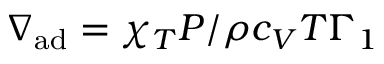
\nabla _ { \mathrm { a d } } = \chi _ { T } P / \rho c _ { V } T \Gamma _ { 1 }